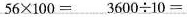
$$5 6 \times 1 0 0 =$$ $$3 6 0 0 \div 1 0 =$$